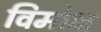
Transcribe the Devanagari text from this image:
विमोक्ष